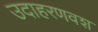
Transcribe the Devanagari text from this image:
उदाहरणवश